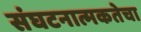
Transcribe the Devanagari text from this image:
संघटनात्मकतेचा